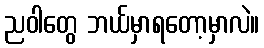
ညဝါတွေ ဘယ်မှာရတော့မှာလဲ။